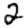
Digit: 2